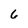
Character: 6